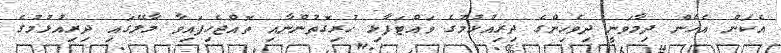
އެކަން އެހެން ދިމާވަނީ ދިވެހިންގެ ދިރިއުޅުމުގެ ވައްޓަފާޅި ހުރިގޮތުންނާއި ތޮއްޖެހިފައިވާ މާލޭގައި ދިރިއުޅުމުގެ